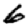
Digit: 6